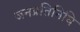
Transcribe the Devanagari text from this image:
जनप्रतिनिघि